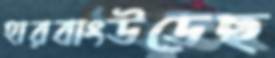
হারবাংউড়েছ